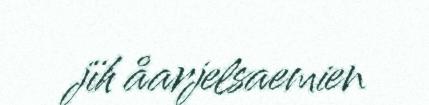
jïh åarjelsaemien